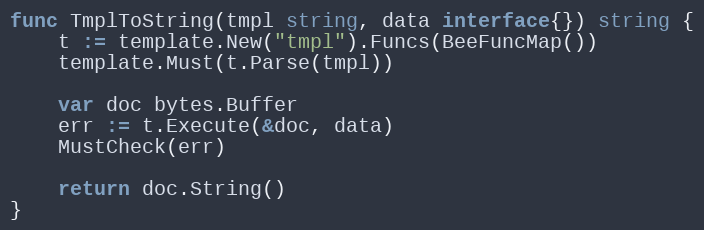
Language: Go
func TmplToString(tmpl string, data interface{}) string {
	t := template.New("tmpl").Funcs(BeeFuncMap())
	template.Must(t.Parse(tmpl))

	var doc bytes.Buffer
	err := t.Execute(&doc, data)
	MustCheck(err)

	return doc.String()
}